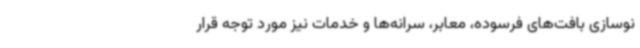
نوسازی بافت‌های فرسوده، معابر، سرانه‌ها و خدمات نیز مورد توجه قرار